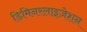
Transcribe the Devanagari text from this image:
डिमिनरलाइज़ेशन